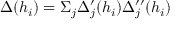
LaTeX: \Delta ( h _ { i } ) = \Sigma _ { j } \Delta _ { j } ^ { \prime } ( h _ { i } ) \Delta _ { j } ^ { \prime \prime } ( h _ { i } )